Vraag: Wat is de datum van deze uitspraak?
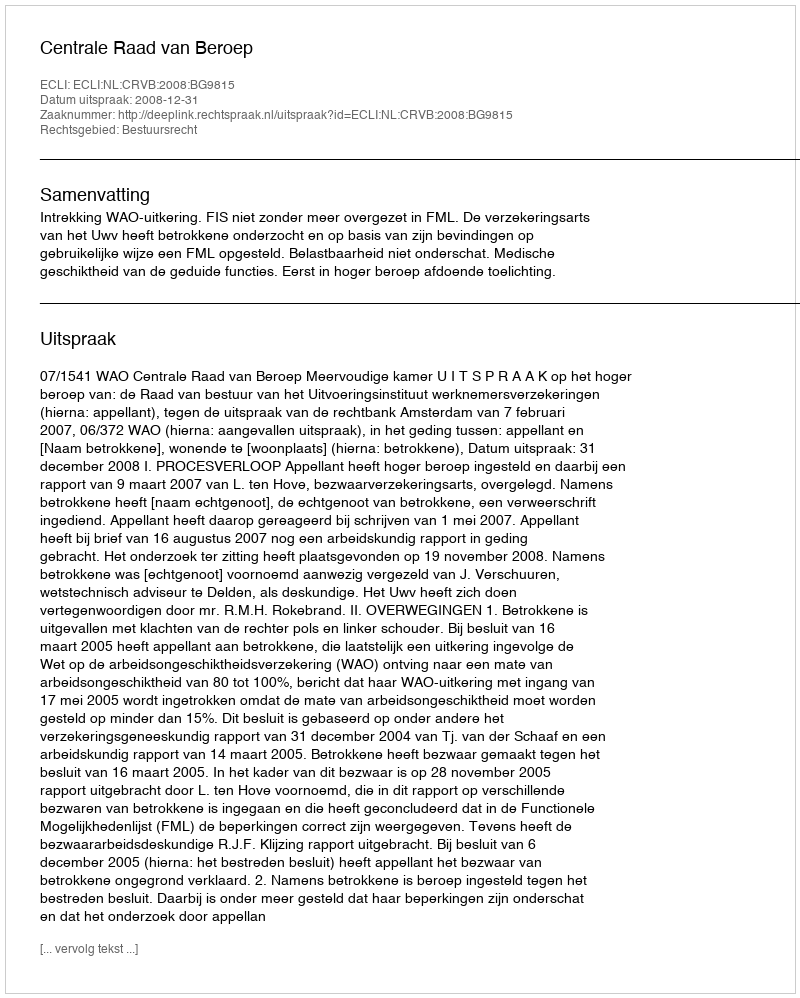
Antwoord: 2008-12-31